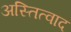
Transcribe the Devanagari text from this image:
अस्तित्वाद